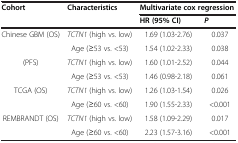
<table><thead><tr><td rowspan="2"><b>Cohort</b></td><td rowspan="2"><b>Characteristics</b></td><td colspan="2"><b>Multivariate cox regression</b></td></tr><tr><td><b>HR (95% CI)</b></td><td><b><i>P</i></b></td></tr></thead><tbody><tr><td>Chinese GBM (OS)</td><td><i>TCTN1</i> (high vs. low)</td><td>1.69 (1.03-2.76)</td><td>0.037</td></tr><tr><td></td><td>Age (≥53 vs. &lt;53)</td><td>1.54 (1.02-2.33)</td><td>0.038</td></tr><tr><td>(PFS)</td><td><i>TCTN1</i> (high vs. low)</td><td>1.60 (1.01-2.52)</td><td>0.044</td></tr><tr><td></td><td>Age (≥53 vs. &lt;53)</td><td>1.46 (0.98-2.18)</td><td>0.061</td></tr><tr><td>TCGA (OS)</td><td><i>TCTN1</i> (high vs. low)</td><td>1.26 (1.03-1.54)</td><td>0.026</td></tr><tr><td></td><td>Age (≥60 vs. &lt;60)</td><td>1.90 (1.55-2.33)</td><td>&lt;0.001</td></tr><tr><td>REMBRANDT (OS)</td><td><i>TCTN1</i> (high vs. low)</td><td>1.58 (1.09-2.29)</td><td>0.017</td></tr><tr><td></td><td>Age (≥60 vs. &lt;60)</td><td>2.23 (1.57-3.16)</td><td>&lt;0.001</td></tr></tbody></table>